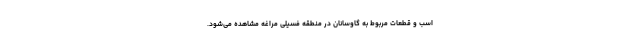
اسب و قطعات مربوط به گاوسانان در منطقه فسیلی مراغه مشاهده می‌شود.